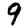
Digit: 9